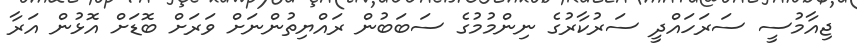
ޖިއާމުސީ ސަރަހައްދީ ސަރުކާރުގެ ނިންމުމުގެ ސަބަބުން ރައްޔިތުންނަށް ވަރަށް ބޮޑަށް އޮޅުން އަރާ